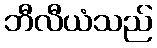
ဘီလီယံသည်